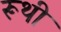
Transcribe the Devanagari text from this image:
रूथी